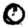
Digit: 0